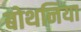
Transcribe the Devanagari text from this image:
बोथनिया